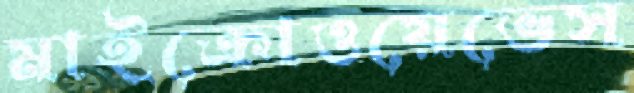
মাইক্রোওয়েভেস